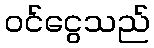
ဝင်ငွေသည်